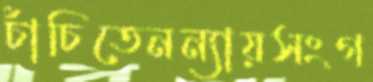
চাঁচিতেনন্যায়সংগ